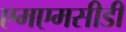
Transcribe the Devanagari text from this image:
एमएमसीडी